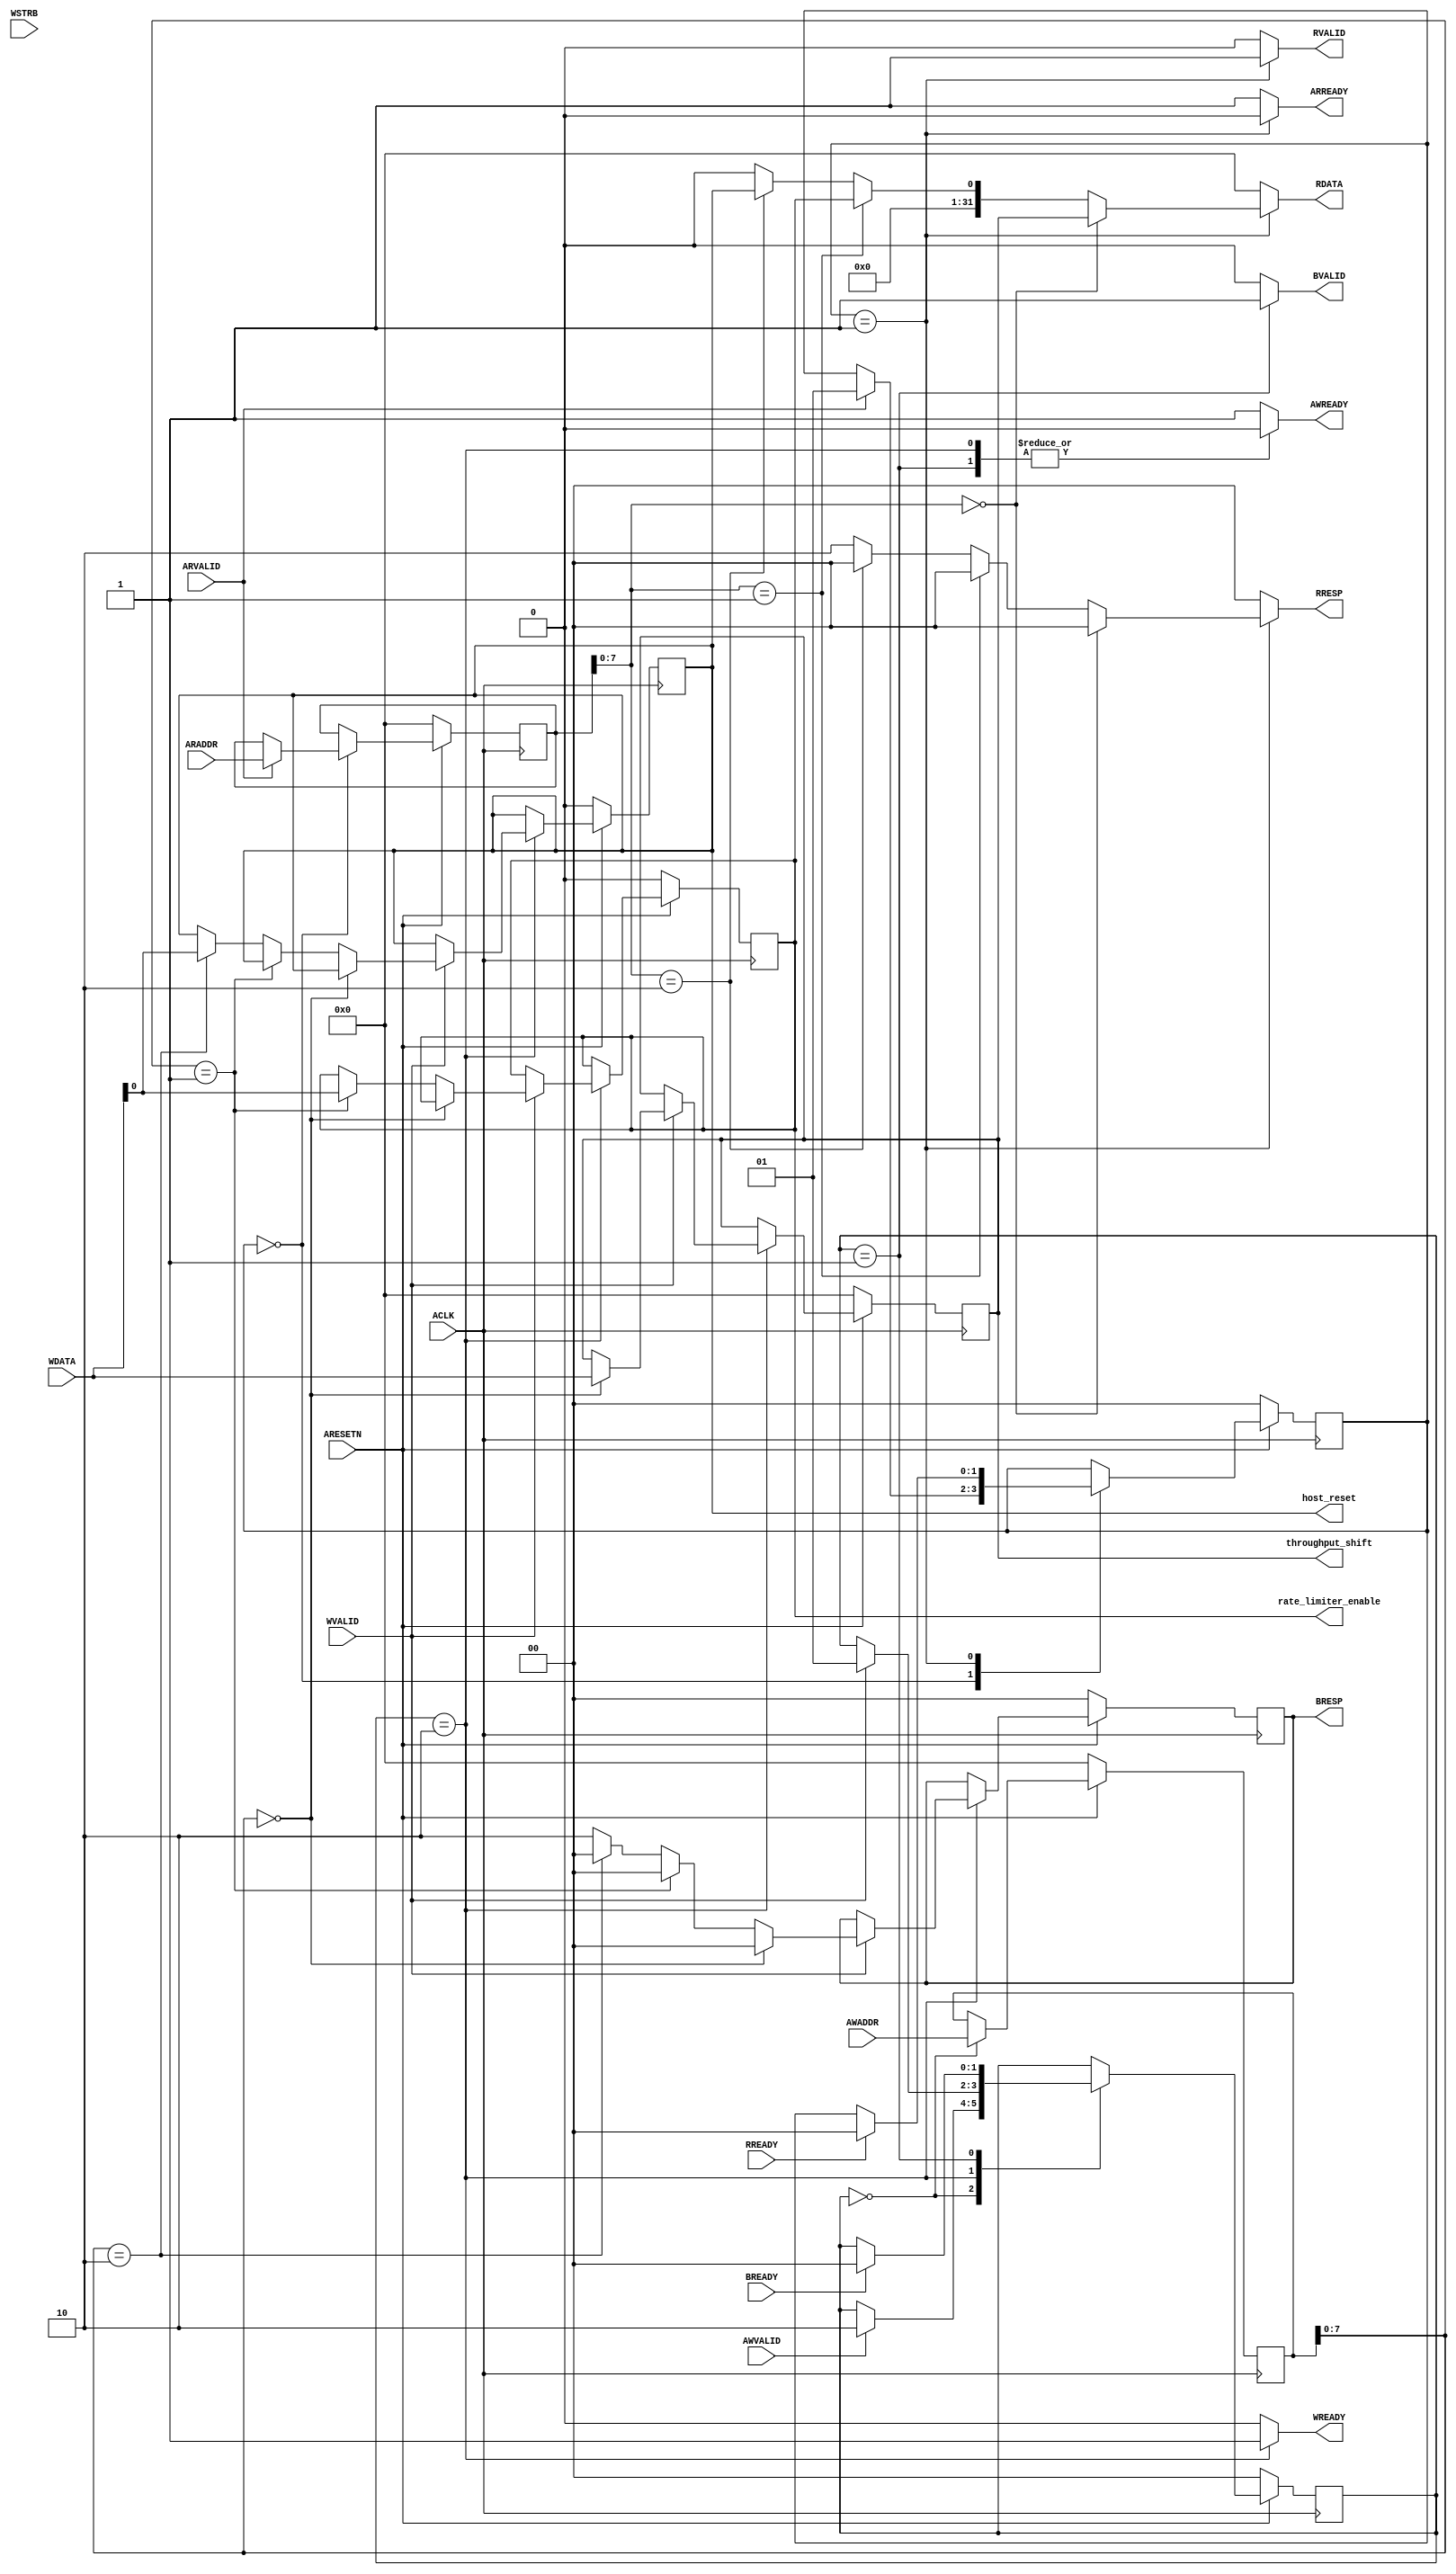
module rate_limiter_regs
  #(
    // Master AXI Lite Data Width
    parameter DATA_WIDTH=32,
    parameter ADDR_WIDTH=32
    )
   (
    output reg [31:0] throughput_shift,
    output reg rate_limiter_enable,
    output reg host_reset,

    input                        ACLK,
    input                        ARESETN,
    
    input [ADDR_WIDTH-1: 0]      AWADDR,
    input                        AWVALID,
    output reg                   AWREADY,
    
    input [DATA_WIDTH-1: 0]      WDATA,
    input [DATA_WIDTH/8-1: 0]    WSTRB,
    input                        WVALID,
    output reg                   WREADY,
    
    output reg [1:0]             BRESP,
    output reg                   BVALID,
    input                        BREADY,
    
    input [ADDR_WIDTH-1: 0]      ARADDR,
    input                        ARVALID,
    output reg                   ARREADY,
    
    output reg [DATA_WIDTH-1: 0] RDATA, 
    output reg [1:0]             RRESP,
    output reg                   RVALID,
    input                        RREADY
    );

   localparam AXI_RESP_OK = 2'b00;
   localparam AXI_RESP_SLVERR = 2'b10;
   
   localparam WRITE_IDLE = 0;
   localparam WRITE_RESPONSE = 1;
   localparam WRITE_DATA = 2;

   localparam READ_IDLE = 0;
   localparam READ_RESPONSE = 1;

   localparam THROUGHPUT_SHIFT = 8'h00;
   localparam RATE_LIMITER_ENABLE = 8'h01;
   localparam HOST_RESET = 8'h02;

   reg [1:0]                     write_state, write_state_next;
   reg [1:0]                     read_state, read_state_next;
   reg [ADDR_WIDTH-1:0]          read_addr, read_addr_next;
   reg [ADDR_WIDTH-1:0]          write_addr, write_addr_next;
   reg [1:0]                     BRESP_next;

   reg [31:0]                    throughput_shift_next;
   reg                           rate_limiter_enable_next;
   reg                           host_reset_next;
   
   always @(*) begin
      read_state_next = read_state;   
      ARREADY = 1'b1;
      read_addr_next = read_addr;
      RDATA = 0; 
      RRESP = AXI_RESP_OK;
      RVALID = 1'b0;
      
      case(read_state)
        READ_IDLE: begin
           if(ARVALID) begin
              read_addr_next = ARADDR;
              read_state_next = READ_RESPONSE;
           end
        end        
        
        READ_RESPONSE: begin
           RVALID = 1'b1;
           ARREADY = 1'b0;

           if(read_addr[7:0] == THROUGHPUT_SHIFT) begin
              RDATA = throughput_shift;
           end
           else if(read_addr[7:0] == RATE_LIMITER_ENABLE) begin
              RDATA[0] = rate_limiter_enable;
              RDATA[31:1] = 0;
           end
           else if(read_addr[7:0] == HOST_RESET) begin
              RDATA[0] = host_reset;
              RDATA[31:1] = 0;
           end
           else begin
              RRESP = AXI_RESP_SLVERR;
           end

           if(RREADY) begin
              read_state_next = READ_IDLE;
           end
        end
      endcase
   end
   
   always @(*) begin
      write_state_next = write_state;
      write_addr_next = write_addr;

      AWREADY = 1'b1;
      WREADY = 1'b0;
      BVALID = 1'b0;  
      BRESP_next = BRESP;

      throughput_shift_next = throughput_shift;
      rate_limiter_enable_next = rate_limiter_enable;
      host_reset_next = host_reset;

      case(write_state)
        WRITE_IDLE: begin
           write_addr_next = AWADDR;
           if(AWVALID) begin
              write_state_next = WRITE_DATA;
           end
        end
        WRITE_DATA: begin
           AWREADY = 1'b0;
           WREADY = 1'b1;
           if(WVALID) begin
              if(write_addr[7:0] == THROUGHPUT_SHIFT) begin
                 throughput_shift_next = WDATA;
                 BRESP_next = AXI_RESP_OK;
              end
              else if(write_addr[7:0] == RATE_LIMITER_ENABLE) begin
                 rate_limiter_enable_next = WDATA[0];
                 BRESP_next = AXI_RESP_OK;
              end
              else if(write_addr[7:0] == HOST_RESET) begin
                 host_reset_next = WDATA[0];
                 BRESP_next = AXI_RESP_OK;
              end
              else begin
                 BRESP_next = AXI_RESP_SLVERR;
              end
              write_state_next = WRITE_RESPONSE;
           end
        end
        WRITE_RESPONSE: begin
           AWREADY = 1'b0;
           BVALID = 1'b1;
           if(BREADY) begin                    
              write_state_next = WRITE_IDLE;
           end
        end
      endcase
   end

   always @(posedge ACLK) begin
      if(~ARESETN) begin
         write_state <= WRITE_IDLE;
         read_state <= READ_IDLE;
         read_addr <= 0;
         write_addr <= 0;
         BRESP <= AXI_RESP_OK;

         throughput_shift <= 0;
         rate_limiter_enable <= 0;
         host_reset <= 0;

      end
      else begin
         write_state <= write_state_next;
         read_state <= read_state_next;
         read_addr <= read_addr_next;
         write_addr <= write_addr_next;
         BRESP <= BRESP_next;

         throughput_shift <= throughput_shift_next;
         rate_limiter_enable <= rate_limiter_enable_next;
         host_reset <= host_reset_next;

      end
   end

endmodule